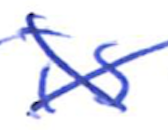
Text: is
Cross-out: cross
Writing tool: ballpoint